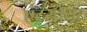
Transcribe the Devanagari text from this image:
एंटरप्रेंयूर